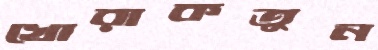
খোরাকতুন